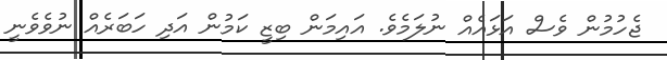
ޖެހުމުން ވެސް އަޅައެއް ނުލަމެވެ. އައިމަން ބިޒީ ކަމުން އަދި ހަބަރެއް ނުވެވެނީ